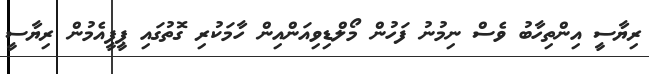
ރިޔާސީ އިންތިހާބު ވެސް ނިމުނު ފަހުން މޯލްޑިވިއަންއިން ހާމަކުރި ގޮތުގައި ޕީޕީއެމުން ރިޔާސީ